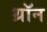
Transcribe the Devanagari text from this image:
थ्रॉन